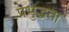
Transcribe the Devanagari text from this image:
प्रभुद्धता